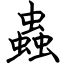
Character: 蟲